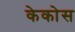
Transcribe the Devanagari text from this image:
केकोस